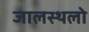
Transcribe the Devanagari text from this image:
जालस्थलो